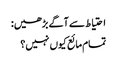
احتیاط سے آگے بڑھیں:
تمام مائع کیوں نہیں؟